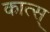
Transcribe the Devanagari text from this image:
कात्स्